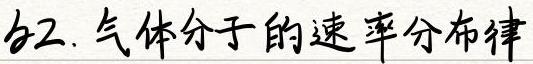
§2. 气体分子的速率分布律